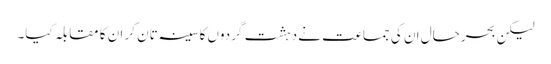
لیکن بحرحال ان کی جماعت نے دہشت گردوں کا سینہ تان کر ان کا مقابلہ کیا۔